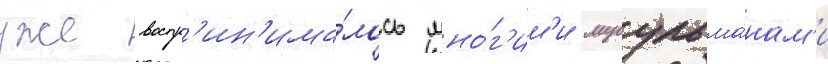
уже воспр'ин'има́лось мно́г'им'и мусульма́нам'и